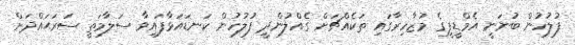
ފުލުހުން ބުނަނީ އެމްޑީޕީގެ މުޒާހިރާގައި ތަކެއްޗަށް ގެއްލުންދީ ފުލުހުން ކަނޑައަޅާފައިވާ ސަލާމަތީ ސަރަޙައްދަށް